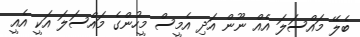
ބެލޭ މައްސަލަ އެއް ނޫން އަދި އެމީސް މީހުންގެ މައްސަލަ އަކީ އެއީ